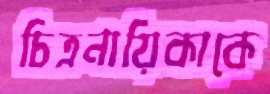
চিত্রনায়িকাকে